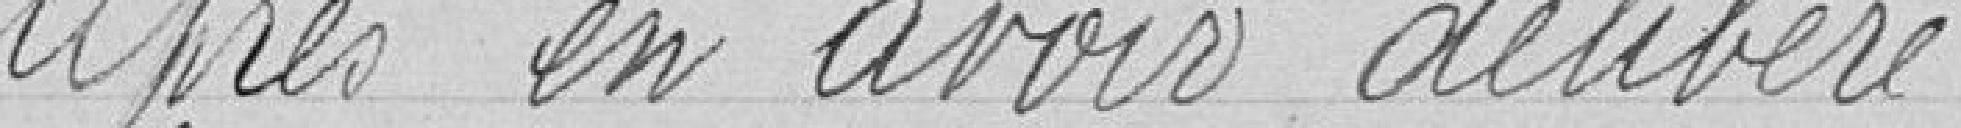
Après en avoir délibéré